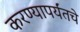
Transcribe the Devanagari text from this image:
करण्यापर्यंतचे